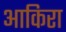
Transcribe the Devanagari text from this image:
आकिरा